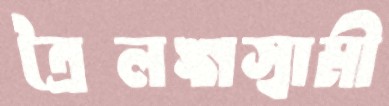
ত্রৈলঙ্গস্বামী